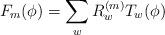
LaTeX: \begin{align*}F_{m}(\phi) = \sum_{w} R^{(m)}_{w} T_{w}(\phi) \end{align*}